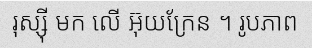
រុស្ស៊ី មក លើ អ៊ុយក្រែន ។ រូបភាព